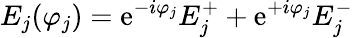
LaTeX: E_{j}(\varphi_{j})=\mathrm{e}^{-i\varphi_{j}}E_{j}^{+}+\mathrm{e}^{+i\varphi_{j}}E_{j}^{-}